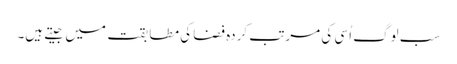
سب لوگ اُسی کی مرتب کردہ فضا کی مطابقت میں جیتے ہیں۔